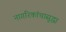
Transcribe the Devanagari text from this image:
नागरिकांचासुद्धा